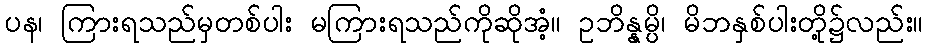
ပန၊ ကြားရသည်မှတစ်ပါး မကြားရသည်ကိုဆိုအံ့။ ဥဘိန္နမ္ပိ၊ မိဘနှစ်ပါးတို့၌လည်း။